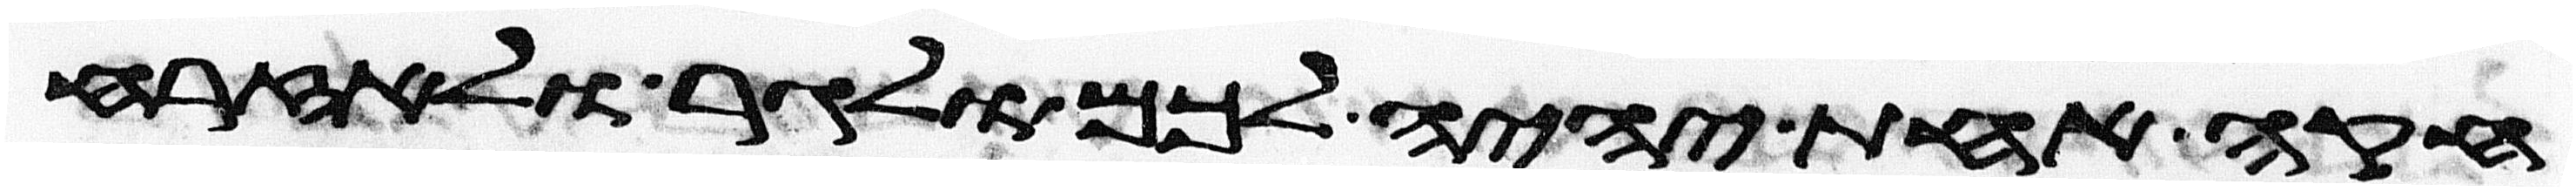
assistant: חקה אחת יהיה לכם ולגר ולאזרח